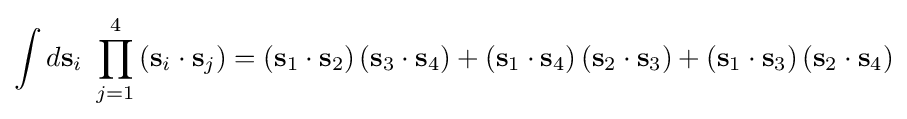
\int d\mathbf {s} _{i}\ \prod _{j=1}^{4}\left(\mathbf {s} _{i}\cdot \mathbf {s} _{j}\right)=\left(\mathbf {s} _{1}\cdot \mathbf {s} _{2}\right)\left(\mathbf {s} _{3}\cdot \mathbf {s} _{4}\right)+\left(\mathbf {s} _{1}\cdot \mathbf {s} _{4}\right)\left(\mathbf {s} _{2}\cdot \mathbf {s} _{3}\right)+\left(\mathbf {s} _{1}\cdot \mathbf {s} _{3}\right)\left(\mathbf {s} _{2}\cdot \mathbf {s} _{4}\right)